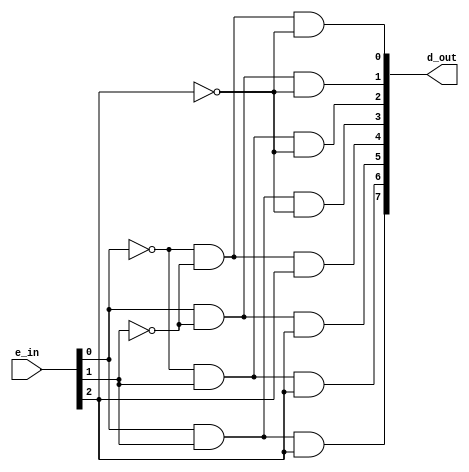
module decoder3to8(e_in, d_out);

    input [2:0] e_in;
    output wire[7:0] d_out;

    // Combinational decoder logic in POS form
    assign d_out[0] = ~e_in[0] & ~e_in[1] & ~e_in[2];
    assign d_out[1] =  e_in[0] & ~e_in[1] & ~e_in[2];
    assign d_out[2] = ~e_in[0] &  e_in[1] & ~e_in[2];
    assign d_out[3] =  e_in[0] &  e_in[1] & ~e_in[2];
    assign d_out[4] = ~e_in[0] & ~e_in[1] &  e_in[2];
    assign d_out[5] =  e_in[0] & ~e_in[1] &  e_in[2];
    assign d_out[6] = ~e_in[0] &  e_in[1] &  e_in[2];
    assign d_out[7] =  e_in[0] &  e_in[1] &  e_in[2];

endmodule